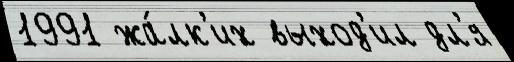
1991 жа́лк'их выход'ил дл'я